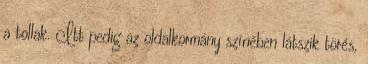
a tollak. Itt pedig az oldalkormány színében látszik törés,